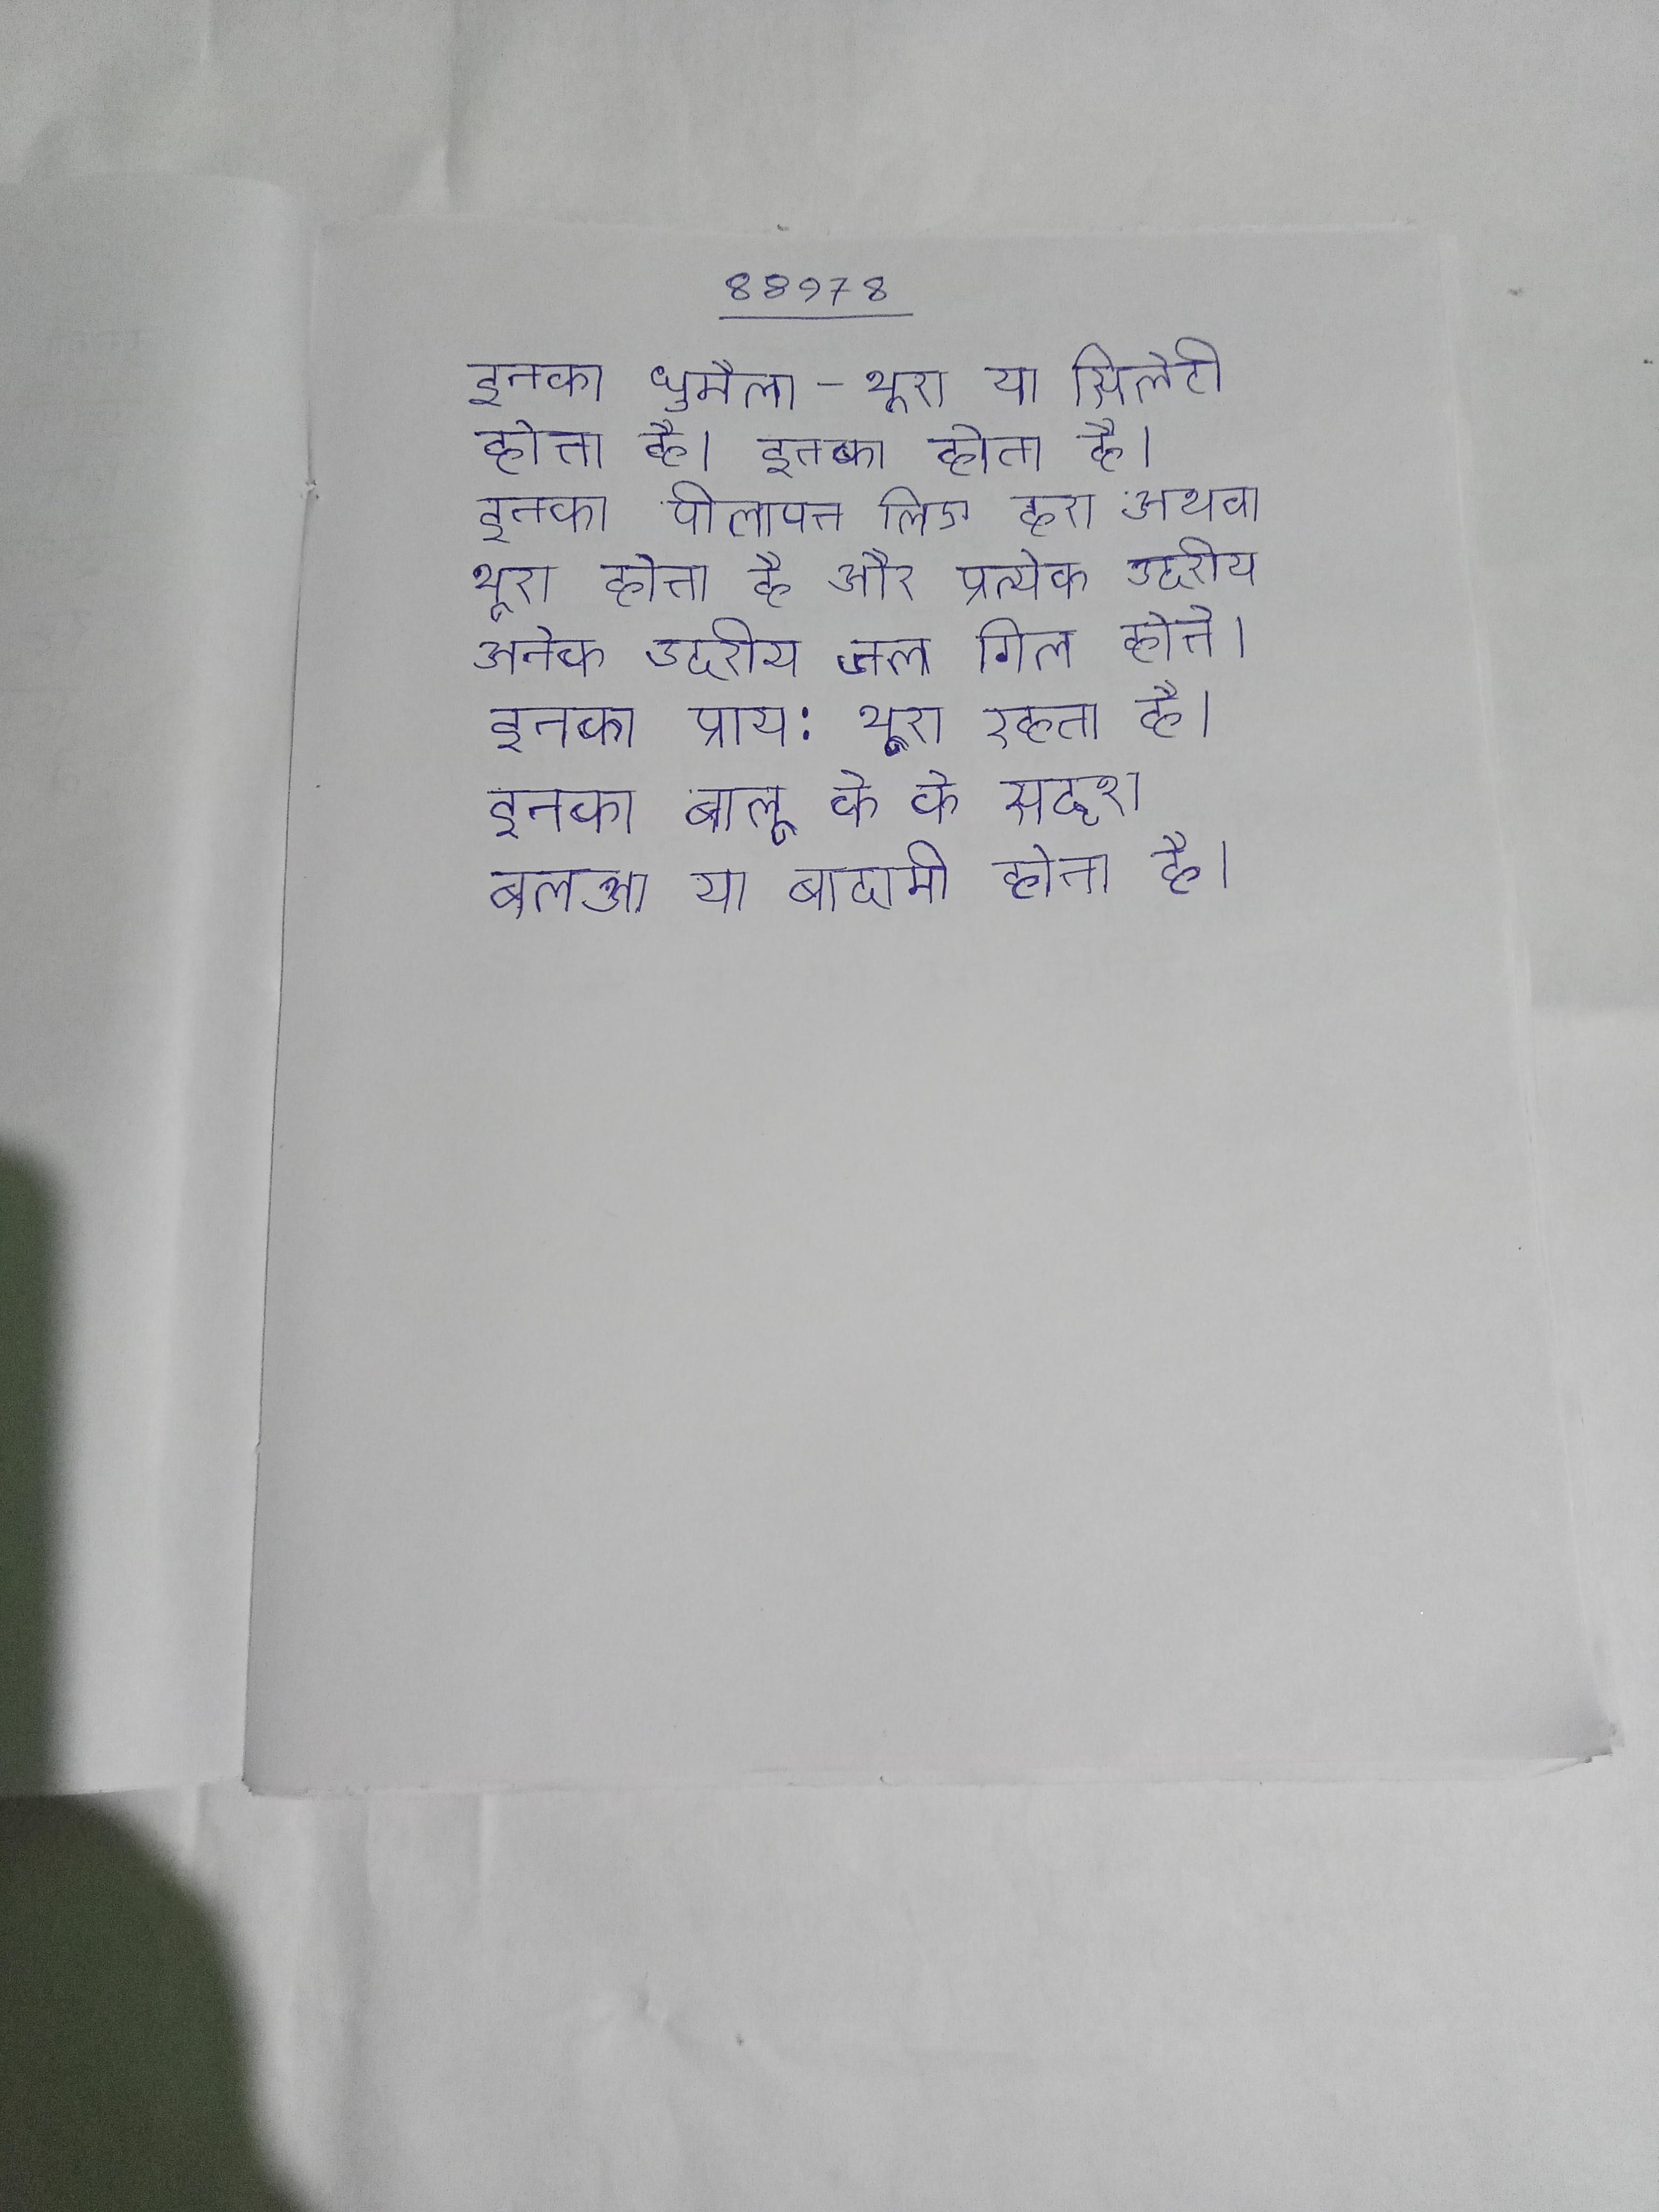
इनका धुमैला-भूरा या सिलेटी होता है । इनका होता है । इनका पीलापन लिए हरा अथवा भूरा होता है और प्रत्येक उदरीय अनेक उदरीय जल गिल होते । इनका प्राय: भूरा रहता है । इनका बालू के के सदृश बलुआ या बादामी होता है ।